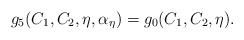
\begin{align*}g_5(C_1,C_2,\eta,\alpha_{\eta})=g_0(C_1,C_2,\eta).\end{align*}